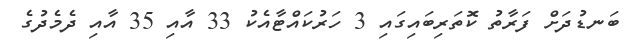
ބަނޑުދަށް ފަރާތު ކޮަތަރިބައިގައި 3 ހަރުކައްޓާއެކު 33 އާއި 35 އާއި ދެމެދުގެ